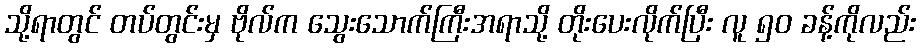
သို့ရာတွင် တပ်တွင်းမှ ဗိုလ်က သွေးသောက်ကြီးအရာသို့ တိုးပေးလိုက်ပြီး လူ ၅၀ ခန့်ကိုလည်း